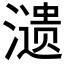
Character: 𬉋